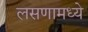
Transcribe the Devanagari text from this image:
लसणामध्ये